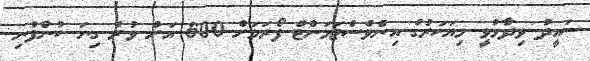
ސައީދު ވިދާޅުވީ މިއަހަރުގެ އިންވެސްޓަމަންޓް ފޯރަމަށް 600 އަށް ވުރެ ގިނަ ކުންފުނި